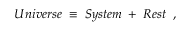
{ \cal U } n i v e r s e \; \equiv \; { \cal S } y s t e m \; + \; { \cal R } e s t \; \; ,